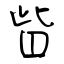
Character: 眥